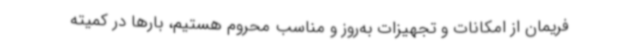
فریمان از امکانات و تجهیزات به‌روز و مناسب محروم هستیم، بارها در کمیته